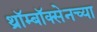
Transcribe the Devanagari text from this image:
थ्रॉम्बॉक्सेनच्या